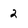
Character: 2